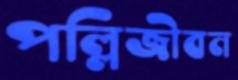
পল্লিজীবন